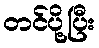
တင်ပို့ပြီး